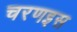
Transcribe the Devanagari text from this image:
चरणइस